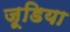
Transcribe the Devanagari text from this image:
जूडिया